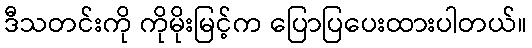
ဒီသတင်းကို ကိုမိုးမြင့်က ပြောပြပေးထားပါတယ်။